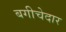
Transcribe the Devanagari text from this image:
बगीचेदार